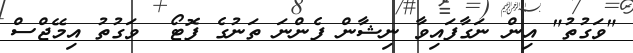
"ވަގުތު" އިން ނަގާފައިވާ ނިޝާން ފެންނަ ތަނުގެ ފޮޓޯ  ވަގުތު އިމޭޖްސް